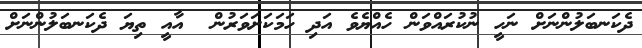
ދެކަނބަލުންނަށް ނަހީ ނުކުރައްވަން ހެއްޔެވެ އަދި ހަމަކަށަވަރުން  އާއީ ތިޔަ ދެކަނބަލުންނަށް